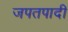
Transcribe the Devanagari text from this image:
जपतपादी